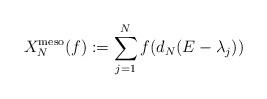
LaTeX: \begin{align*} X^{\mathrm{meso}}_{N}(f) := \sum_{j=1}^{N}f(d_{N}(E-\lambda_{j})) \end{align*}